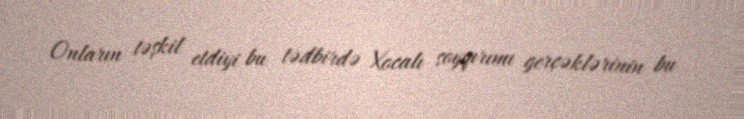
Onların təşkil etdiyi bu tədbirdə Xocalı soyqırımı gerçəklərinin bu